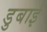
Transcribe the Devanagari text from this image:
डुबाई